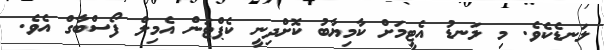
ލަނޑެކެވެ. މި ލަނޑު އެޓީމަށް ކާމިޔާބު ކޮށްދިނީ ކެޕްޓަން އެމިލް ފޯސްބާގް އެވެ.